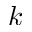
k